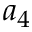
a _ { 4 }